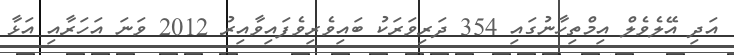
އަދި އޭލެވެލް އިމްތިހާނުގައި 354 ދަރިވަރަކު ބައިވެރިވެފައިވާއިރު 2012 ވަނަ އަހަރާއި އަޅާ